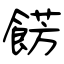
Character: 餝